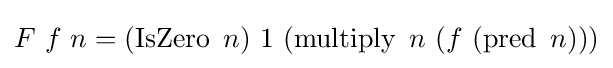
F\ f\ n=(\operatorname {IsZero} \ n)\ 1\ (\operatorname {multiply} \ n\ (f\ (\operatorname {pred} \ n)))